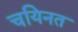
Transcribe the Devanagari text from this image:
चयिनत